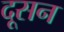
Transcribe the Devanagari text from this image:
दूसन